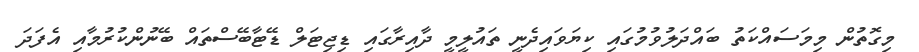
މިގޮތުން މިމަސައްކަތު ބައްދަލުވުމުގައި ކިޔަވައިދެނީ ތައުލީމީ ދާއިރާގައި ޑިޖިޓަލް ޑޭޓާބޭސްތައް ބޭނުންކުރުމާއި އެފަދަ